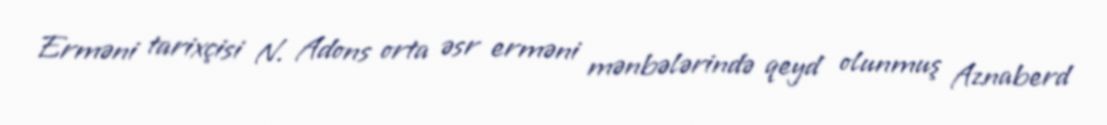
Erməni tarixçisi N. Adons orta əsr erməni mənbələrində qeyd olunmuş Aznaberd